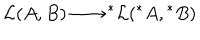
{ \cal L } ( A , B ) \longrightarrow \mathrm { } ^ { * } { \cal L } ( \mathrm { } ^ { * } A , \mathrm { } ^ { * } B )